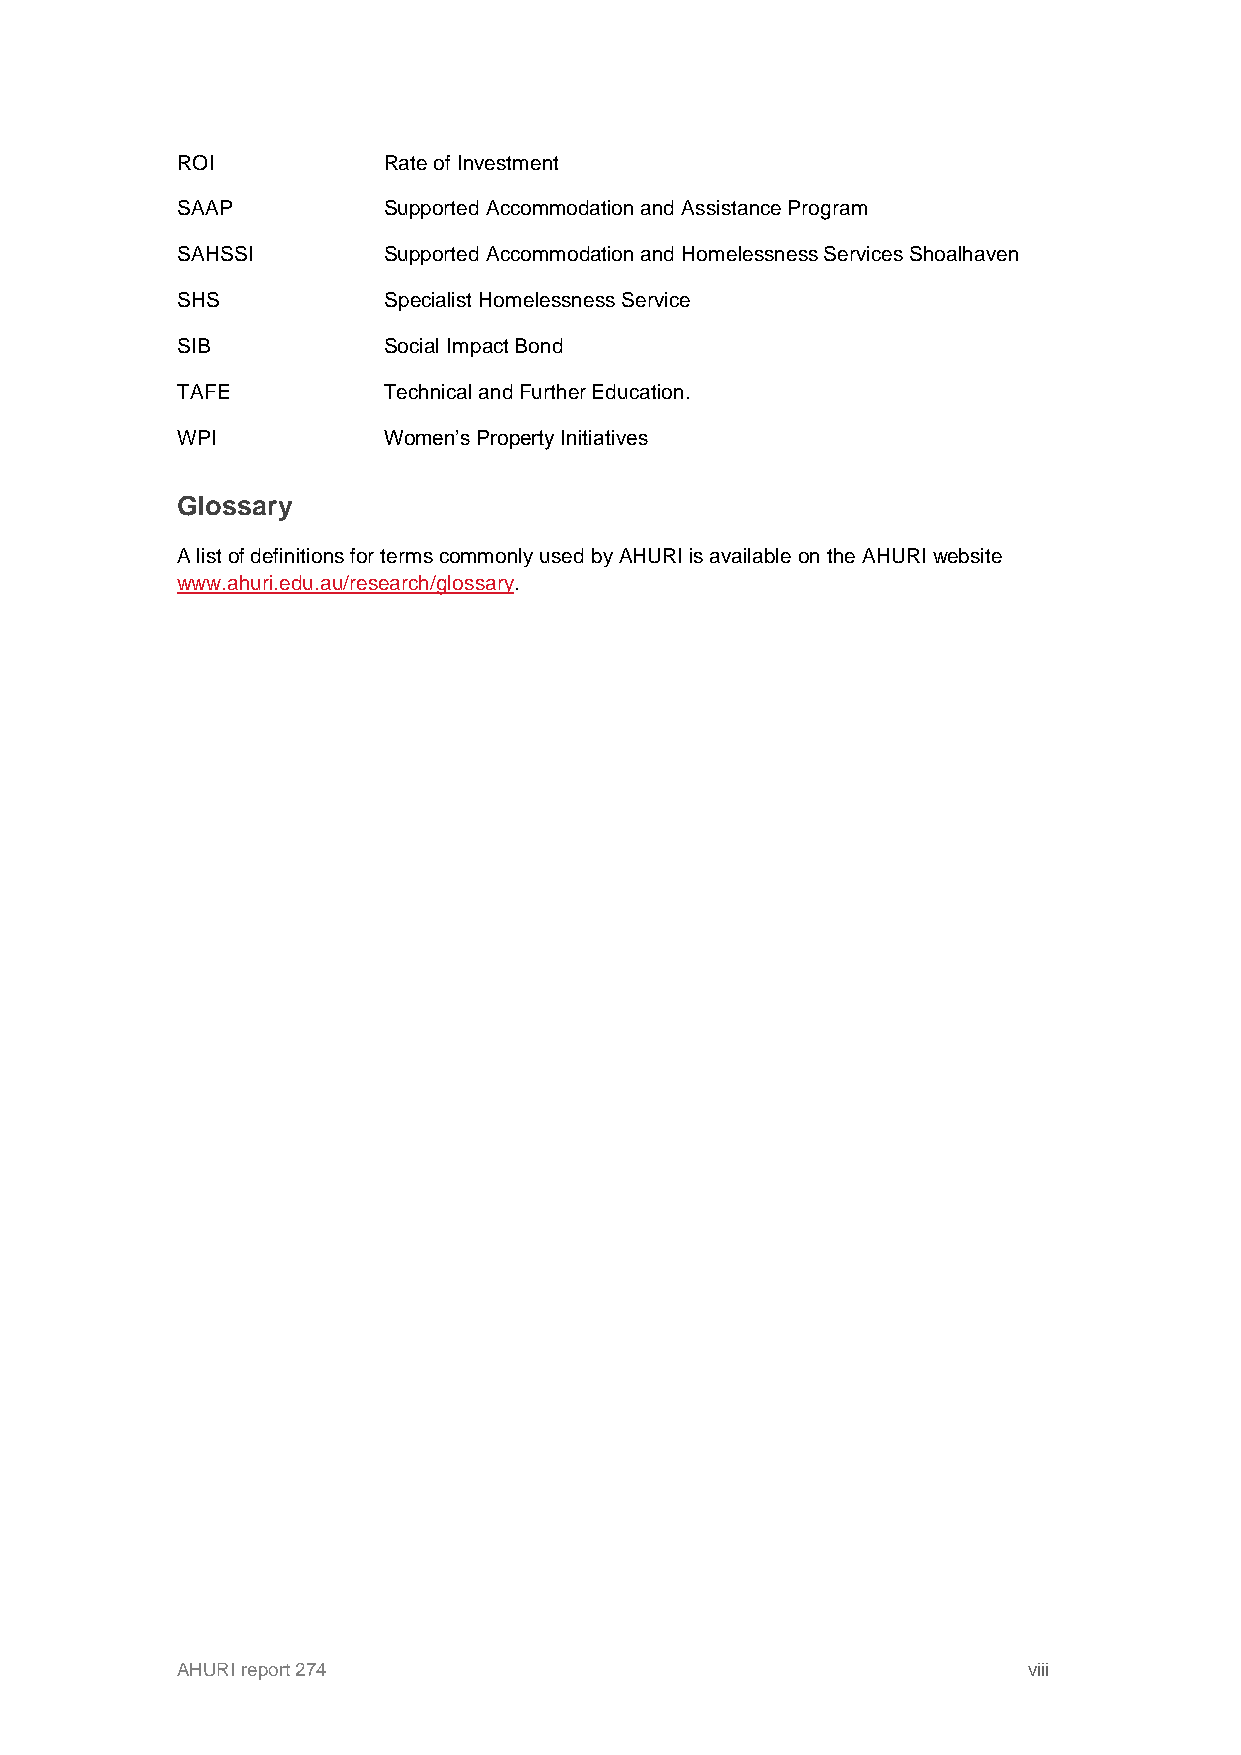
ROI          Rate of Investment
 SAAP         Supported Accommodation and Assistance Program
 SAHSSI       Supported Accommodation and Homelessness Services Shoalhaven
 SHS          Specialist Homelessness Service
 SIB          Social Impact Bond
 TAFE         Technical and Further Education.
 WPI          Women’s Property Initiatives
 Glossary
 A list of definitions for terms commonly used by AHURI is available on the AHURI website
 www.ahuri.edu.au/research/glossary.
 AHURI report 274                                        viii